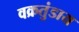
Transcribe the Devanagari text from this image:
वक्रतुंडाय